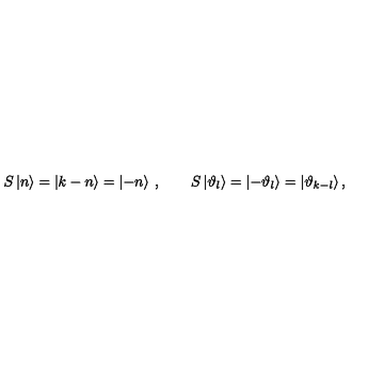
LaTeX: S \left| n \right\rangle = \left| k - n \right\rangle = \left| - n \right\rangle \: , \qquad S \left| \vartheta _ { l } \right\rangle = \left| - \vartheta _ { l } \right\rangle = \left| \vartheta _ { k - l } \right\rangle ,